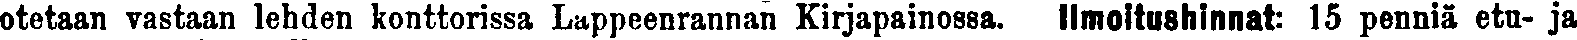
otetaan vastaan lehden konttorissa Lappeenrannan Kirjapainossa. Ilmoitushinnat: 15 penniä etu- ja